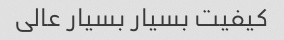
کیفیت بسیار بسیار عالی